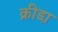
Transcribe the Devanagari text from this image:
क्रीडा़